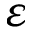
\varepsilon